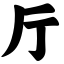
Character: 厅